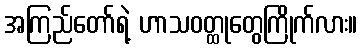
အကြည်တော်ရဲ့ ဟာသဝတ္ထုတွေကြိုက်လား။